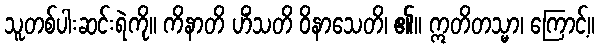
သူတစ်ပါးဆင်းရဲကို။ ကိနာတိ ဟိံသတိ ဝိနာသေတိ၊ ၏။ ဣတိတသ္မာ၊ ကြောင့်။